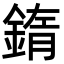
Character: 䤻